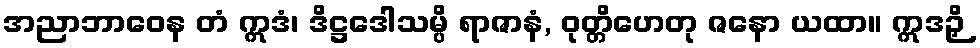
အညာဘာဝေန တံ ဣဒံ၊ ဒိဋ္ဌဒေါသမ္ပိ ရာဇာနံ, ဝုတ္တိဟေတု ဇနော ယထာ။ ဣဒဉှိ